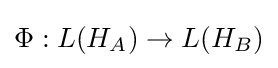
\Phi :L(H_{A})\rightarrow L(H_{B})